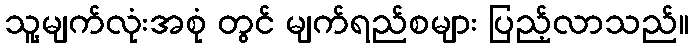
သူ့မျက်လုံးအစုံ တွင် မျက်ရည်စများ ပြည့်လာသည်။